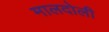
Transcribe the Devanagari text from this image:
मालदोली